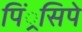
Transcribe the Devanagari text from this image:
पिं्रसिपे